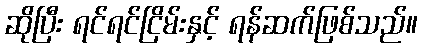
ဆိုပြီး ရင်ရင်ငြိမ်းနှင့် ရန်ဆက်ဖြစ်သည်။